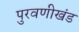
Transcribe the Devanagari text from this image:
पुरवणीखंड